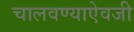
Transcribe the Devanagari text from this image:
चालवण्याऐवजी